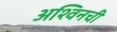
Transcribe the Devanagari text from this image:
अश्विनची